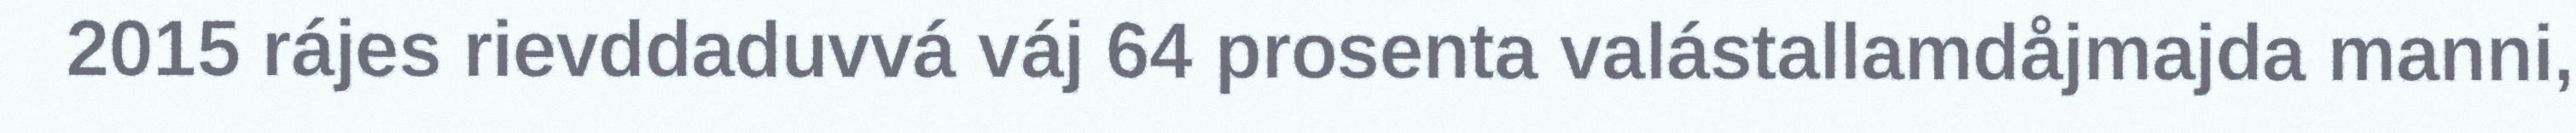
2015 rájes rievddaduvvá váj 64 prosenta valástallamdåjmajda manni,